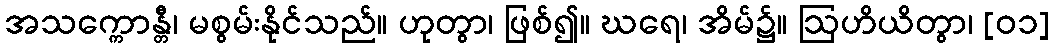
အသက္ကောန္တီ၊ မစွမ်းနိုင်သည်။ ဟုတွာ၊ ဖြစ်၍။ ဃရေ၊ အိမ်၌။ ဩဟိယိတွာ၊ [၀၁]